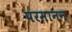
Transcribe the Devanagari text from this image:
परमानन